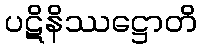
ပဋိနိဿဋ္ဌောတိ